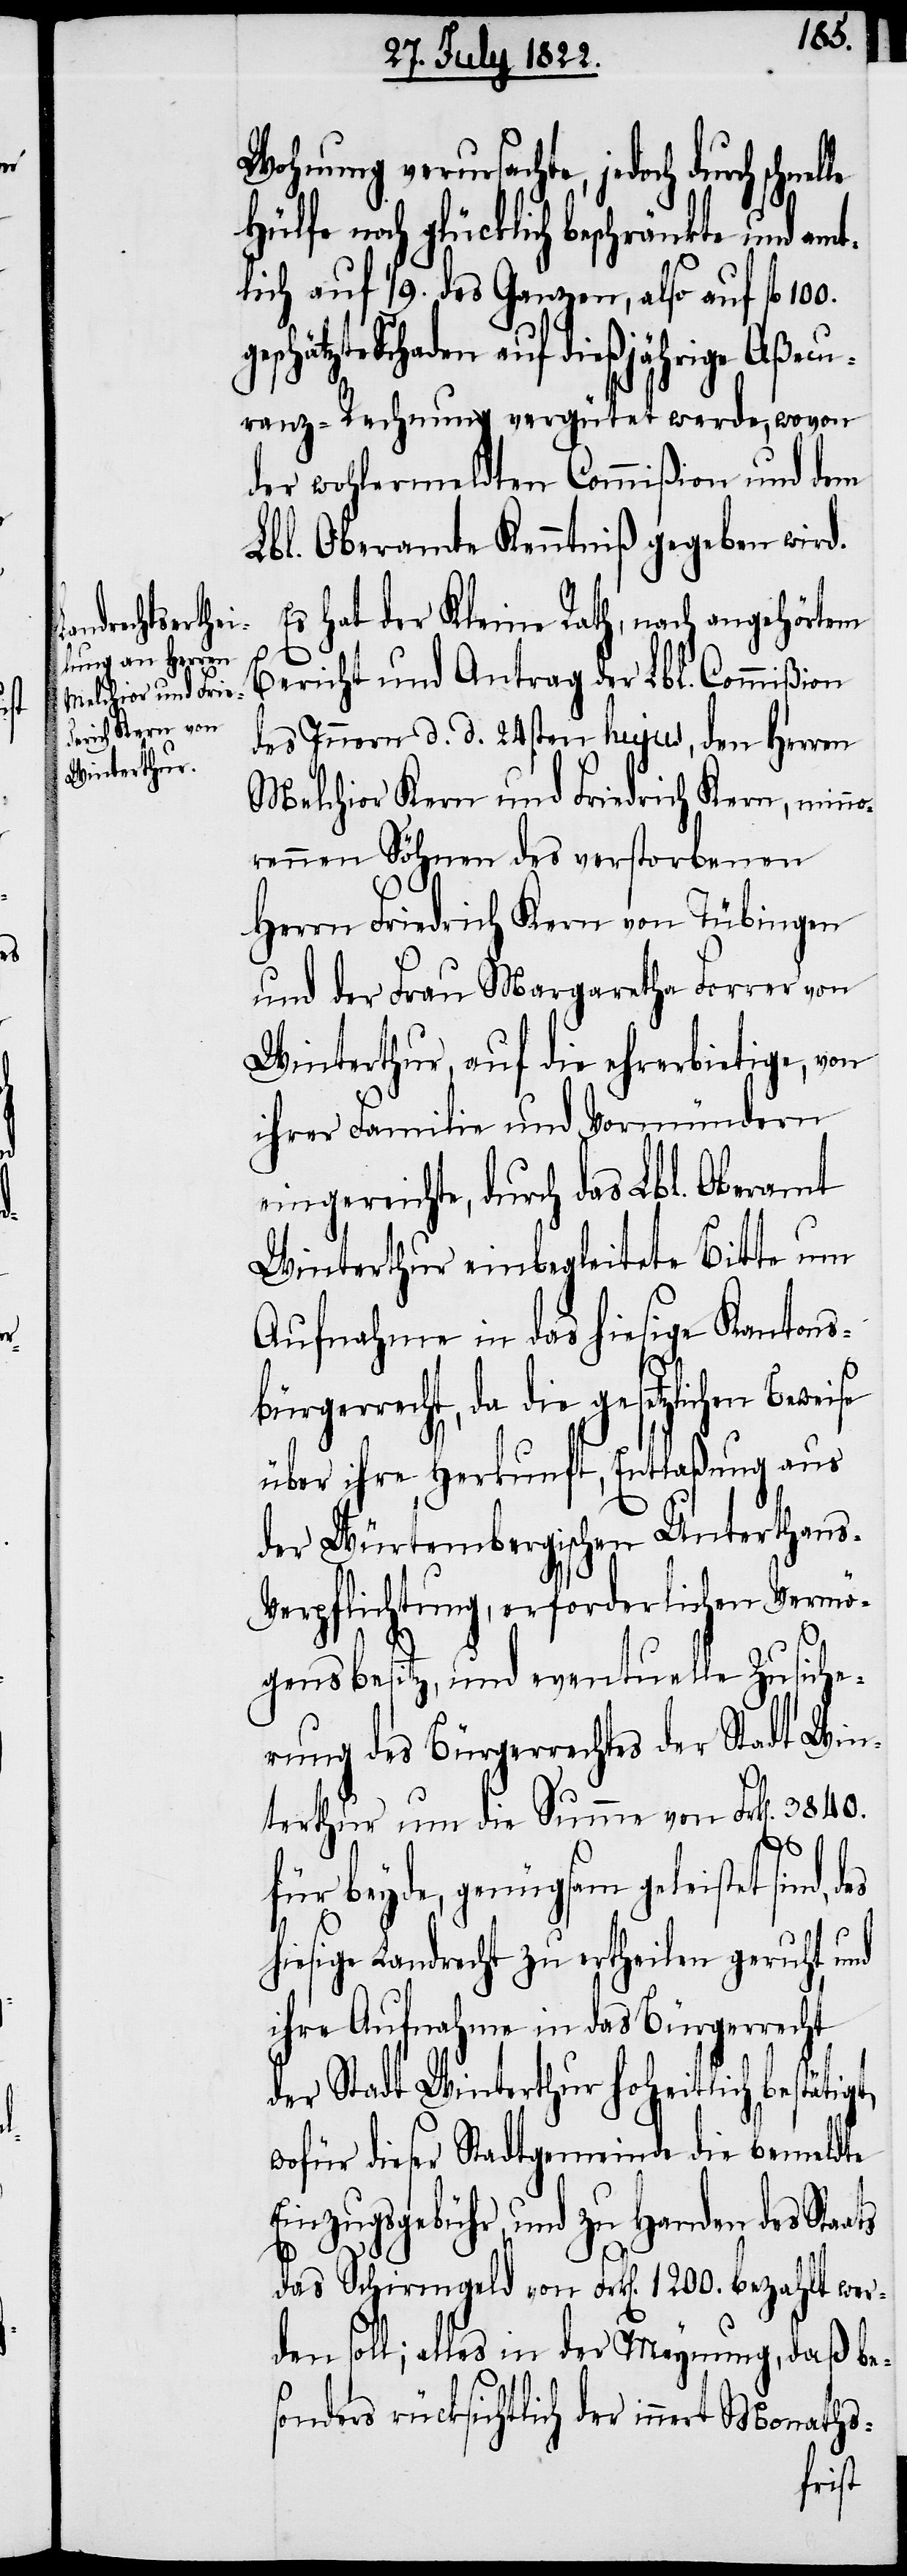
100.
Wohnung verursachte, jedoch durch
Hülfe noch glücklich beschränkte und amt¬
lich auf 1/9. des Ganzen, also auf fl.
Schaden auf dießjährige Aßecu¬
ranz-Rechnung vergütet werde, wovon
der wohlermeldten Commißion und dem
Lbl. Oberamte Kenntniß gegeben wird.
Es hat der Kleine Rath, nach angehörtem
Bericht und Antrag der Lbl. Commißion
des Innern d. d. 24sten hujus, den Herren
Melchior Kern und Friedrich Kern, minn¬
orennen Söhnen des verstorbenen
Herrn Friedrich Kern von Tübingen
und der Frau Margaretha Forrer von
Winterthur, auf die ehrerbietige, von
ihrer Familie und Vormündern
eingereichte, durch das Lbl. Oberamt
Winterthur einbegleitete Bitte um
Aufnahme in das hiesige Kantons¬
bürgerrecht, da die gesetzlichen Bewei¬
über ihre Herkunft, Entlaßung aus
der Würtembergischen Unterhaus-V¬
erpflichtung, erforderlichen Vermö¬
gensbesitz, und eventuelle Zusiche¬
rung des Bürgerrechts der Stadt Win¬
terthur um die Summe von Frk[en] 3840.
ts
für beyde, genügsam geleistet sind,
hiesige Landrecht zu ertheilen geruht und
ihre Aufnahme in das Bürgerrecht
der Stadt Winterthur hoheitlich bestäti¬
wofür dieser Stadtgemeinde die bemeldte
Einzugsgebühr, und zu Handen des Staa¬
das Schirmgeld von Frk[en] 1200. bezahlt wer¬
den soll; alles in der Meynung, daß be¬
sonders rücksichtlich der innert Monaths-